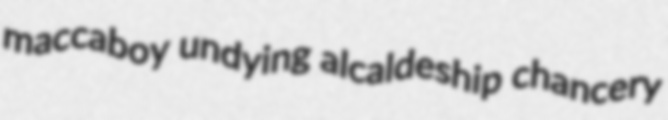
maccaboy undying alcaldeship chancery